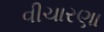
વીચારણા